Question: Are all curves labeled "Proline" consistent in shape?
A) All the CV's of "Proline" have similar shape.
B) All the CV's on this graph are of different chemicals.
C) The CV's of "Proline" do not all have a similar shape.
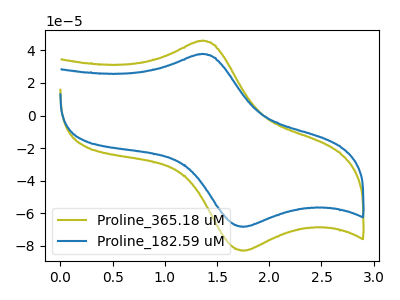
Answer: <think>The olive curve "Proline_365.18 uM" has an anodic peak at (1.35V, 45.75uA) and a cathodic peak at (1.75V, -82.95uA). The blue curve "Proline_182.59 uM" has an anodic peak at (1.35V, 37.65uA) and a cathodic peak at (1.75V, -68.30uA).
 All the peaks in "Proline_365.18 uM" have a peak in "Proline_182.59 uM" at the same potential. Every peak in "Proline_365.18 uM" is higher than every peak in "Proline_182.59 uM".</think>
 <answer>A) All the CV's of "Proline" have similar shape.</answer>
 <eval>A</eval>